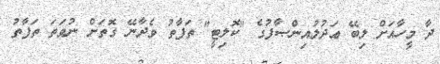
ދާ މީހާއަށް ލިބޭ ޢަދުލުއިންޞާފުގެ "ކޮލިޓީ" ތަފާތު ވެދާނޭ ގޮތަށް ނުވަތަ ތަފާތު